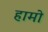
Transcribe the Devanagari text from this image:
हामो